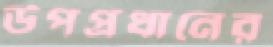
উপপ্রধানের